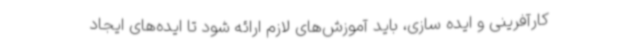
کارآفرینی و ایده سازی، باید آموزش‌های لازم ارائه شود تا ایده‌های ایجاد